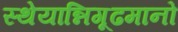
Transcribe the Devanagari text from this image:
स्थेयान्निगूढमानो